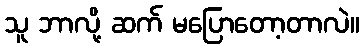
သူ ဘာလို့ ဆက် မပြောတော့တာလဲ။